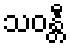
သဝန္တီ